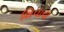
શિવાય